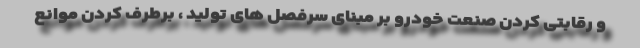
و رقابتی کردن صنعت خودرو بر مبنای سرفصل های تولید ، برطرف کردن موانع